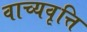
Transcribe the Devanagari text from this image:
वाच्यवृत्ति